Report on the cholera epidemic of
Year: 1868
Disease focus: Cholera
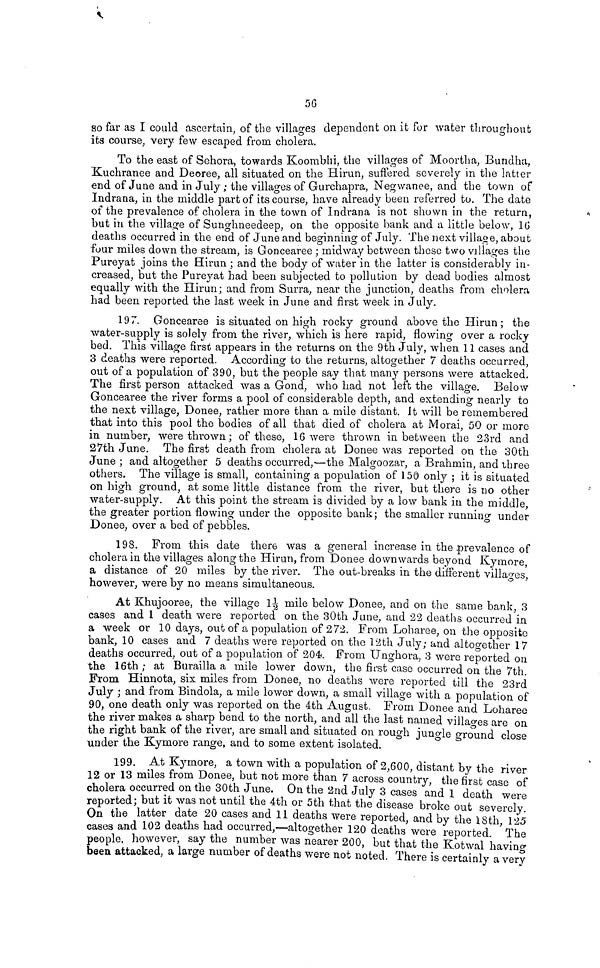
56
so far as I could ascertain, of the villages dependent on it for water throughout
its course, very few escaped from cholera.
To the east of Sehora, towards Koombhi, the villages of Moortha, Bundha,
Kuchranee and Deoree, all situated on the Hirun, suffered severely in the latter
end of June and in July ; the villages of Gurchapra, Negwanee, and the town of
Indrana, in the middle part of its course, have already been referred to. The date
of the prevalence of cholera in the town of Indrana is not shown in the return,
but in the village of Sunghneedeep, on the opposite bank and a little below, 16
deaths occurred in the end of June and beginning of July. The next village, about
four miles down the stream, is Goncearee ; midway between these two villages the
Pureyat joins the Hirun ; and the body of water in the latter is considerably in-
creased, but the Pureyat had been subjected to pollution by dead bodies almost
equally with the Hirun; and from Surra, near the junction, deaths from cholera
had been reported the last week in June and first week in July.
197. Goncearee is situated on high rocky ground above the Hirun ; the
water-supply is solely from the river, which is here rapid, flowing over a rocky
bed. This village first appears in the returns on the 9th July, when 11 cases and
3 deaths were reported. According to the returns, altogether 7 deaths occurred,
out of a population of 390, but the people say that many persons were attacked.
The first person attacked was a Gond, who had not left the village. Below
Goncearee the river forms a pool of considerable depth, and extending nearly to
the next village, Donee, rather more than a mile distant. It will be remembered
that into this pool the bodies of all that died of cholera at Morai, 50 or more
in number, were thrown ; of these, 16 were thrown in between the 23rd and
27th June. The first death from cholera at Donee was reported on the 30th
June ; and altogether 5 deaths occurred,—the Malgoozar, a Brahmin, and three
others. The village is small, containing a population of 150 only ; it is situated
on high ground, at some little distance from the river, but there is no other
water-supply. At this point the stream is divided by a low bank in the middle,
the greater portion flowing under the opposite bank; the smaller running under
Donee, over a bed of pebbles.
198. From this date there was a general increase in the prevalence of
cholera in the villages along the Hirun, from Donee downwards beyond Kymore,
a distance of 20 miles by the river. The out-breaks in the different villages,
however, were by no means simultaneous.
At Khujooree, the village 1½ mile below Donee, and on the same bank, 3
cases and 1 death were reported on the 30th June, and 22 deaths occurred in
a week or 10 days, out of a population of 272. From Loharee, on the opposite
bank, 10 cases and 7 deaths were reported on the 12th July; and altogether 17
deaths occurred, out of a population of 204·. From Unghora, 3 were reported on
the 16th; at Burailla a mile lower down, the first case occurred on the 7th.
From Hinnota, six miles from Donee, no deaths were reported till the 23rd
July ; and from Bindola, a mile lower down, a small village with a population of
90, one death only was reported on the 4th August. From Donee and Loharee
the river makes a sharp bend to the north, and all the last named villages are on
the right bank of the river, are small and situated on rough jungle ground close
under the Kymore range, and to some extent isolated.
199. At Kymore, a town with a population of 2,600, distant by the river
12 or 13 miles from Donee, but not more than 7 across country, the first case of
cholera occurred on the 30th June. On the 2nd July 3 cases and 1 death were
reported; but it was not until the 4th or 5th that the disease broke out severely.
On the latter date 20 cases and 11 deaths were reported, and by the 18th, 125
cases and 102 deaths had occurred,—altogether 120 deaths were reported The
people, however, say the number was nearer 200, but that the Kotwal having
been attacked, a large number of deaths were not noted. There is certainly a very